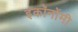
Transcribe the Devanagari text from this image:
इकॉनोंमी